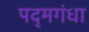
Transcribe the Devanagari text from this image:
पद्‌मगंधा